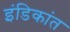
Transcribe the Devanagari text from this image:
इंडिकांत